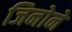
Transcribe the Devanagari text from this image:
जिनोने